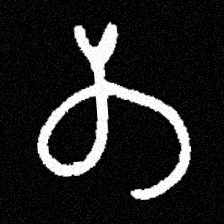
Pyu character \u2014 Myanmar letter: တ (romanized: ta)